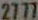
2777